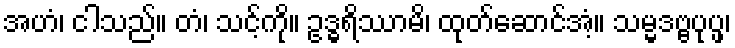
အဟံ၊ ငါသည်။ တံ၊ သင့်ကို။ ဥဒ္ဓရိဿာမိ၊ ထုတ်ဆောင်အံ့။ သမ္မဒဗ္ဗပုပ္ဖ၊